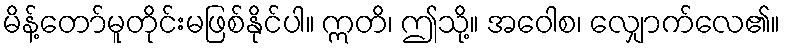
မိန့်တော်မူတိုင်းမဖြစ်နိုင်ပါ။ ဣတိ၊ ဤသို့။ အဝေါစ၊ လျှောက်လေ၏။